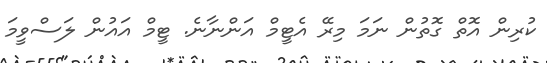
ކުރިން އޮތް ގޮތުން ނަމަ މިރޭ އެޓީމް އަންނާނެ. ޓީމް އައުން ލަސްވީމަ